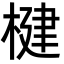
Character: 楗